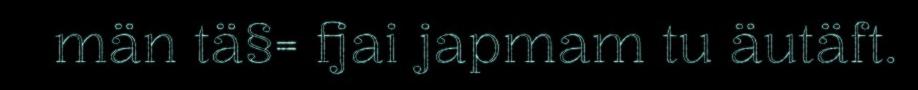
män tä§= fjai japmam tu äutäft.